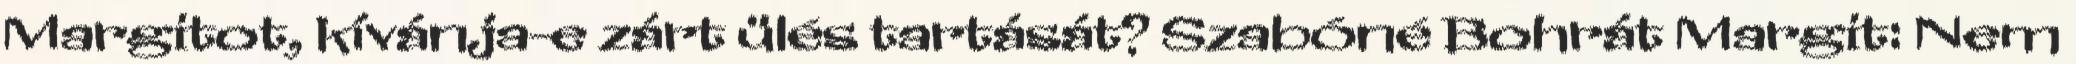
Margitot, kívánja-e zárt ülés tartását? Szabóné Bohrát Margit: Nem